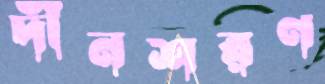
দীনশরণ